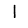
Digit: 1